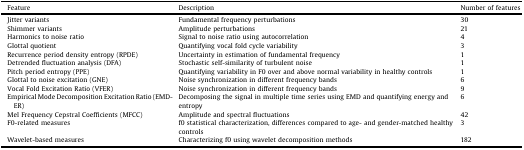
<table><thead><tr><td><b>Feature</b></td><td><b>Description</b></td><td><b>Number of features</b></td></tr></thead><tbody><tr><td>Jitter variants</td><td>Fundamental frequency perturbations</td><td>30</td></tr><tr><td>Shimmer variants</td><td>Amplitude perturbations</td><td>21</td></tr><tr><td>Harmonics to noise ratio</td><td>Signal to noise ratio using autocorrelation</td><td>4</td></tr><tr><td>Glottal quotient</td><td>Quantifying vocal fold cycle variability</td><td>3</td></tr><tr><td>Recurrence period density entropy (RPDE)</td><td>Uncertainty in estimation of fundamental frequency</td><td>1</td></tr><tr><td>Detrended fluctuation analysis (DFA)</td><td>Stochastic self-similarity of turbulent noise</td><td>1</td></tr><tr><td>Pitch period entropy (PPE)</td><td>Quantifying variability in F0 over and above normal variability in healthy controls</td><td>1</td></tr><tr><td>Glottal to noise excitation (GNE)</td><td>Noise synchronization in different frequency bands</td><td>6</td></tr><tr><td>Vocal Fold Excitation Ratio (VFER)</td><td>Noise synchronization in different frequency bands</td><td>9</td></tr><tr><td>Empirical Mode Decomposition Excitation Ratio (EMD-ER)</td><td>Decomposing the signal in multiple time series using EMD and quantifying energy and entropy</td><td>6</td></tr><tr><td>Mel Frequency Cepstral Coefficients (MFCC)</td><td>Amplitude and spectral fluctuations</td><td>42</td></tr><tr><td>F0-related measures</td><td>f0 statistical characterization, differences compared to age- and gender-matched healthy controls</td><td>3</td></tr><tr><td>Wavelet-based measures</td><td>Characterizing f0 using wavelet decomposition methods</td><td>182</td></tr></tbody></table>